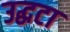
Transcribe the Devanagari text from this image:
उद्धटा